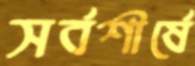
সর্বশীর্ষে